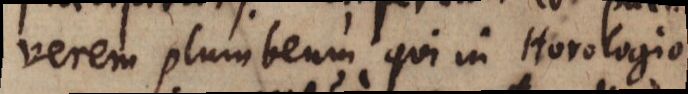
verem plumbeum qui in Horologio